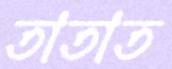
তাতাত